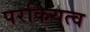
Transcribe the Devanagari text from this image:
परकियत्व